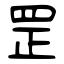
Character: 罡